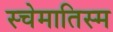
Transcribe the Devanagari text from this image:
स्चेमातिस्म